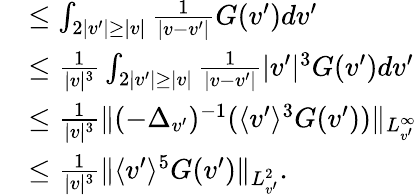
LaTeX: \begin{array}{rl}&{\leq\int_{2|v^{\prime}|\geq|v|}\frac{1}{|v-v^{\prime}|}G(v^{\prime})dv^{\prime}}\\ &{\leq\frac{1}{|v|^{3}}\int_{2|v^{\prime}|\geq|v|}\frac{1}{|v-v^{\prime}|}|v^{\prime}|^{3}G(v^{\prime})dv^{\prime}}\\ &{\leq\frac{1}{|v|^{3}}\| (-\Delta_{v^{\prime}})^{-1}(\langle v^{\prime}\rangle^{3}G(v^{\prime}))\| _{L_{v^{\prime}}^{\infty}}}\\ &{\leq\frac{1}{|v|^{3}}\| \langle v^{\prime}\rangle^{5}G(v^{\prime})\| _{L_{v^{\prime}}^{2}}.}\end{array}